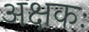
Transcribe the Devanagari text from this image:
अक्षकः